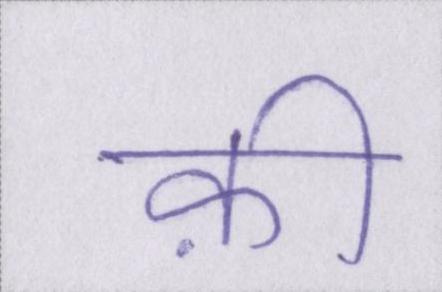
क़ी